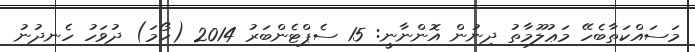
މަސައްކަތާބެހޭ މަޢުލޫމާތު ދިނުން އޮންނާނީ: 15 ސެޕްޓެންބަރު 2014 (ހޯމަ) ދުވަހު ހެނދުނު